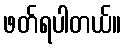
ဖတ်ရပါတယ်။